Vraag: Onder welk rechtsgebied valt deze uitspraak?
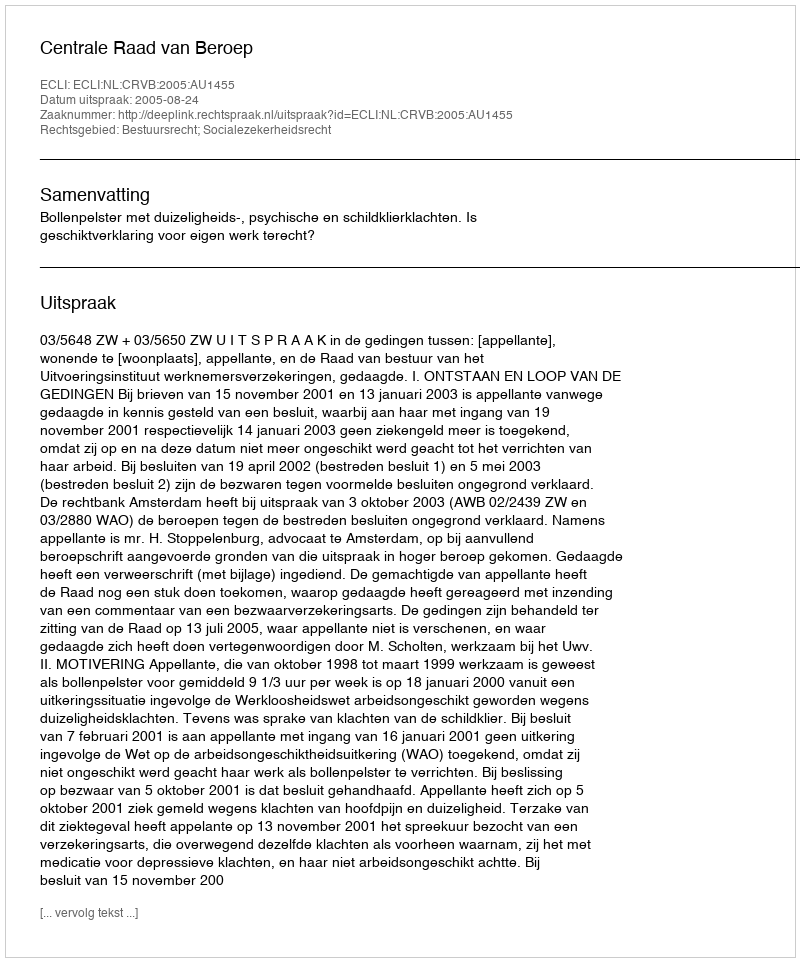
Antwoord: Bestuursrecht; Socialezekerheidsrecht